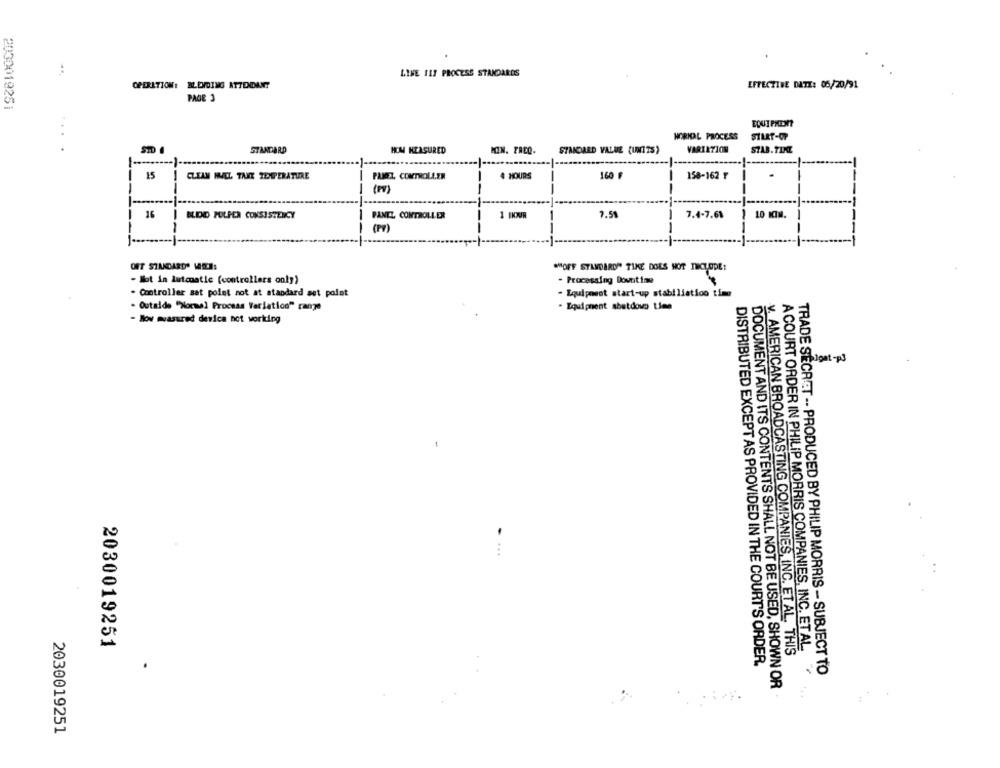
LINE 117 PROCESS STANDARDS
OPERATION: IL.ENDING ATTENDANT
EFFECTIVE DATE: 05/20/91
PAGE
2032019251
HORIDAL PROCESS
SILET-OP
STANDARD
HOM MEASURED
MOIN. FREQ.
STANDARD VALUE (UNITS)
VARIATION
STAB. TIME
15
CLEAN HNEL TANT TEMPERATURE
PANEL, CONTROLLER
4 HOURS
160 ₽
158-162 ₸
(PV)
-
---
16
|BLOD POLPER CONSISTENCY
PANEL CONTROLLER
1 HOUR
-
7.51
1
7.4-7.61
10 MIN.
-
--
(PV)
"HOFF STANDARD" TIKE DOES NOT THCLODE:
- Not in lutonatic (controllers only)
- Processing Downtime
- Controller sat polat not at standard sst polet
- Equipment start-up stabiliation time
- Outside "Normal Process Varlatico" range
- Equipment sbetdowo time
- Iow mvasured device not working
bigat-p3
2030019251
A COURT ORDER IN PHILIP MORRIS COMPANIES, INC. ET AL.
v. AMERICAN BROADCASTING COMPANIES, INC. ET AL. THIS
DISTRIBUTED EXCEPT AS PROVIDED IN THE COURT'S ORDER.
TRADE SECRET -- PRODUCED BY PHILIP MORRIS - SUBJECT TO
DOCUMENT AND ITS CONTENTS SHALL NOT BE USED, SHOWN OR
2030019251